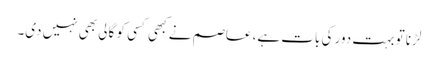
لڑنا تو بہت دور کی بات ہے، عاصم نے کبھی کسی کو گالی بھی نہیں دی۔